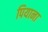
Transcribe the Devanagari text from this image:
पियाना